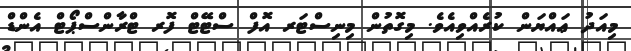
މިއަދު ޢައްޔަން ކުރެއްވިއެވެ. މިގޮތުން މިނިސްޓަރ އޮފް ސްޓޭޓް ފޮރ ޓްރާންސްޕޯޓް އެންޑް